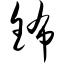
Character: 钸